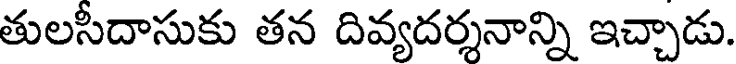
తులసీదాసుకు తన దివ్యదర్శనాన్ని ఇచ్చాడు.